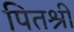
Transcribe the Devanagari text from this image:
पितश्री